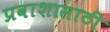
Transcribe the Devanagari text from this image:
प्रवाशासाठी